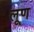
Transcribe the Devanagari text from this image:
लूण